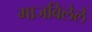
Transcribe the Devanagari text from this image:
गाजविलेले